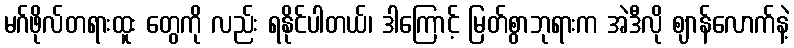
မဂ်ဖိုလ်တရားထူး တွေကို လည်း ရနိုင်ပါတယ်၊ ဒါကြောင့် မြတ်စွာဘုရားက အဲဒီလို ဈာန်လောက်နဲ့